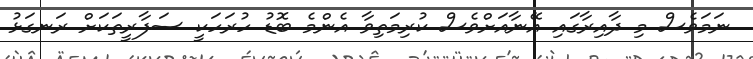
ނަމަވެސް މި ދާއިރާގައި އޭނާއަށްވެސް ކުރިމަތިވާ އެންމެ ބޮޑު ހުރަހަކީ ސަފާރީތަކަށް ރަނގަޅު